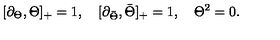
[ \partial _ { \Theta } , \Theta ] _ { + } = 1 , \quad [ \partial _ { \bar { \Theta } } , \bar { \Theta } ] _ { + } = 1 , \quad \Theta ^ { 2 } = 0 .